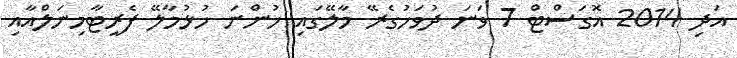
އަދި 2014 އޮގަސްޓް 7 ވަނަ ދުވަހުގެރޭ މާލޭގައި ހުންނަ ހުޅުމާލޭ ފެރީޓާމިނަލްއާއި